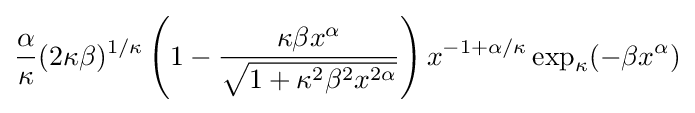
{\frac {\alpha }{\kappa }}(2\kappa \beta )^{1/\kappa }\left(1-{\frac {\kappa \beta x^{\alpha }}{\sqrt {1+\kappa ^{2}\beta ^{2}x^{2\alpha }}}}\right)x^{-1+\alpha /\kappa }\exp _{\kappa }(-\beta x^{\alpha })